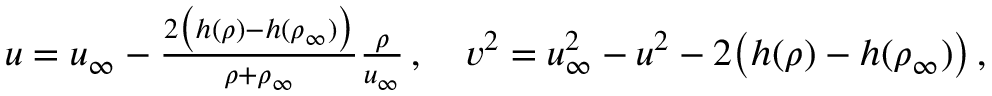
\begin{array} { r } { u = u _ { \infty } - \frac { 2 \big ( h ( \rho ) - h ( \rho _ { \infty } ) \big ) } { \rho + \rho _ { \infty } } \frac { \rho } { u _ { \infty } } \, , \quad v ^ { 2 } = u _ { \infty } ^ { 2 } - u ^ { 2 } - 2 \big ( h ( \rho ) - h ( \rho _ { \infty } ) \big ) \, , } \end{array}